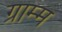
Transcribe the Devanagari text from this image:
ग्राम्म